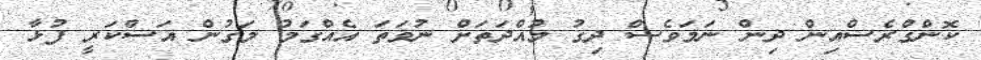
ކޮންގްރެސްއިން ދިން ނަމަވެސް ދިގު މުއްދަތަށް ނުވަތަ އެއްގަމު މަގުން އަސްކަރީ ފުޅާ